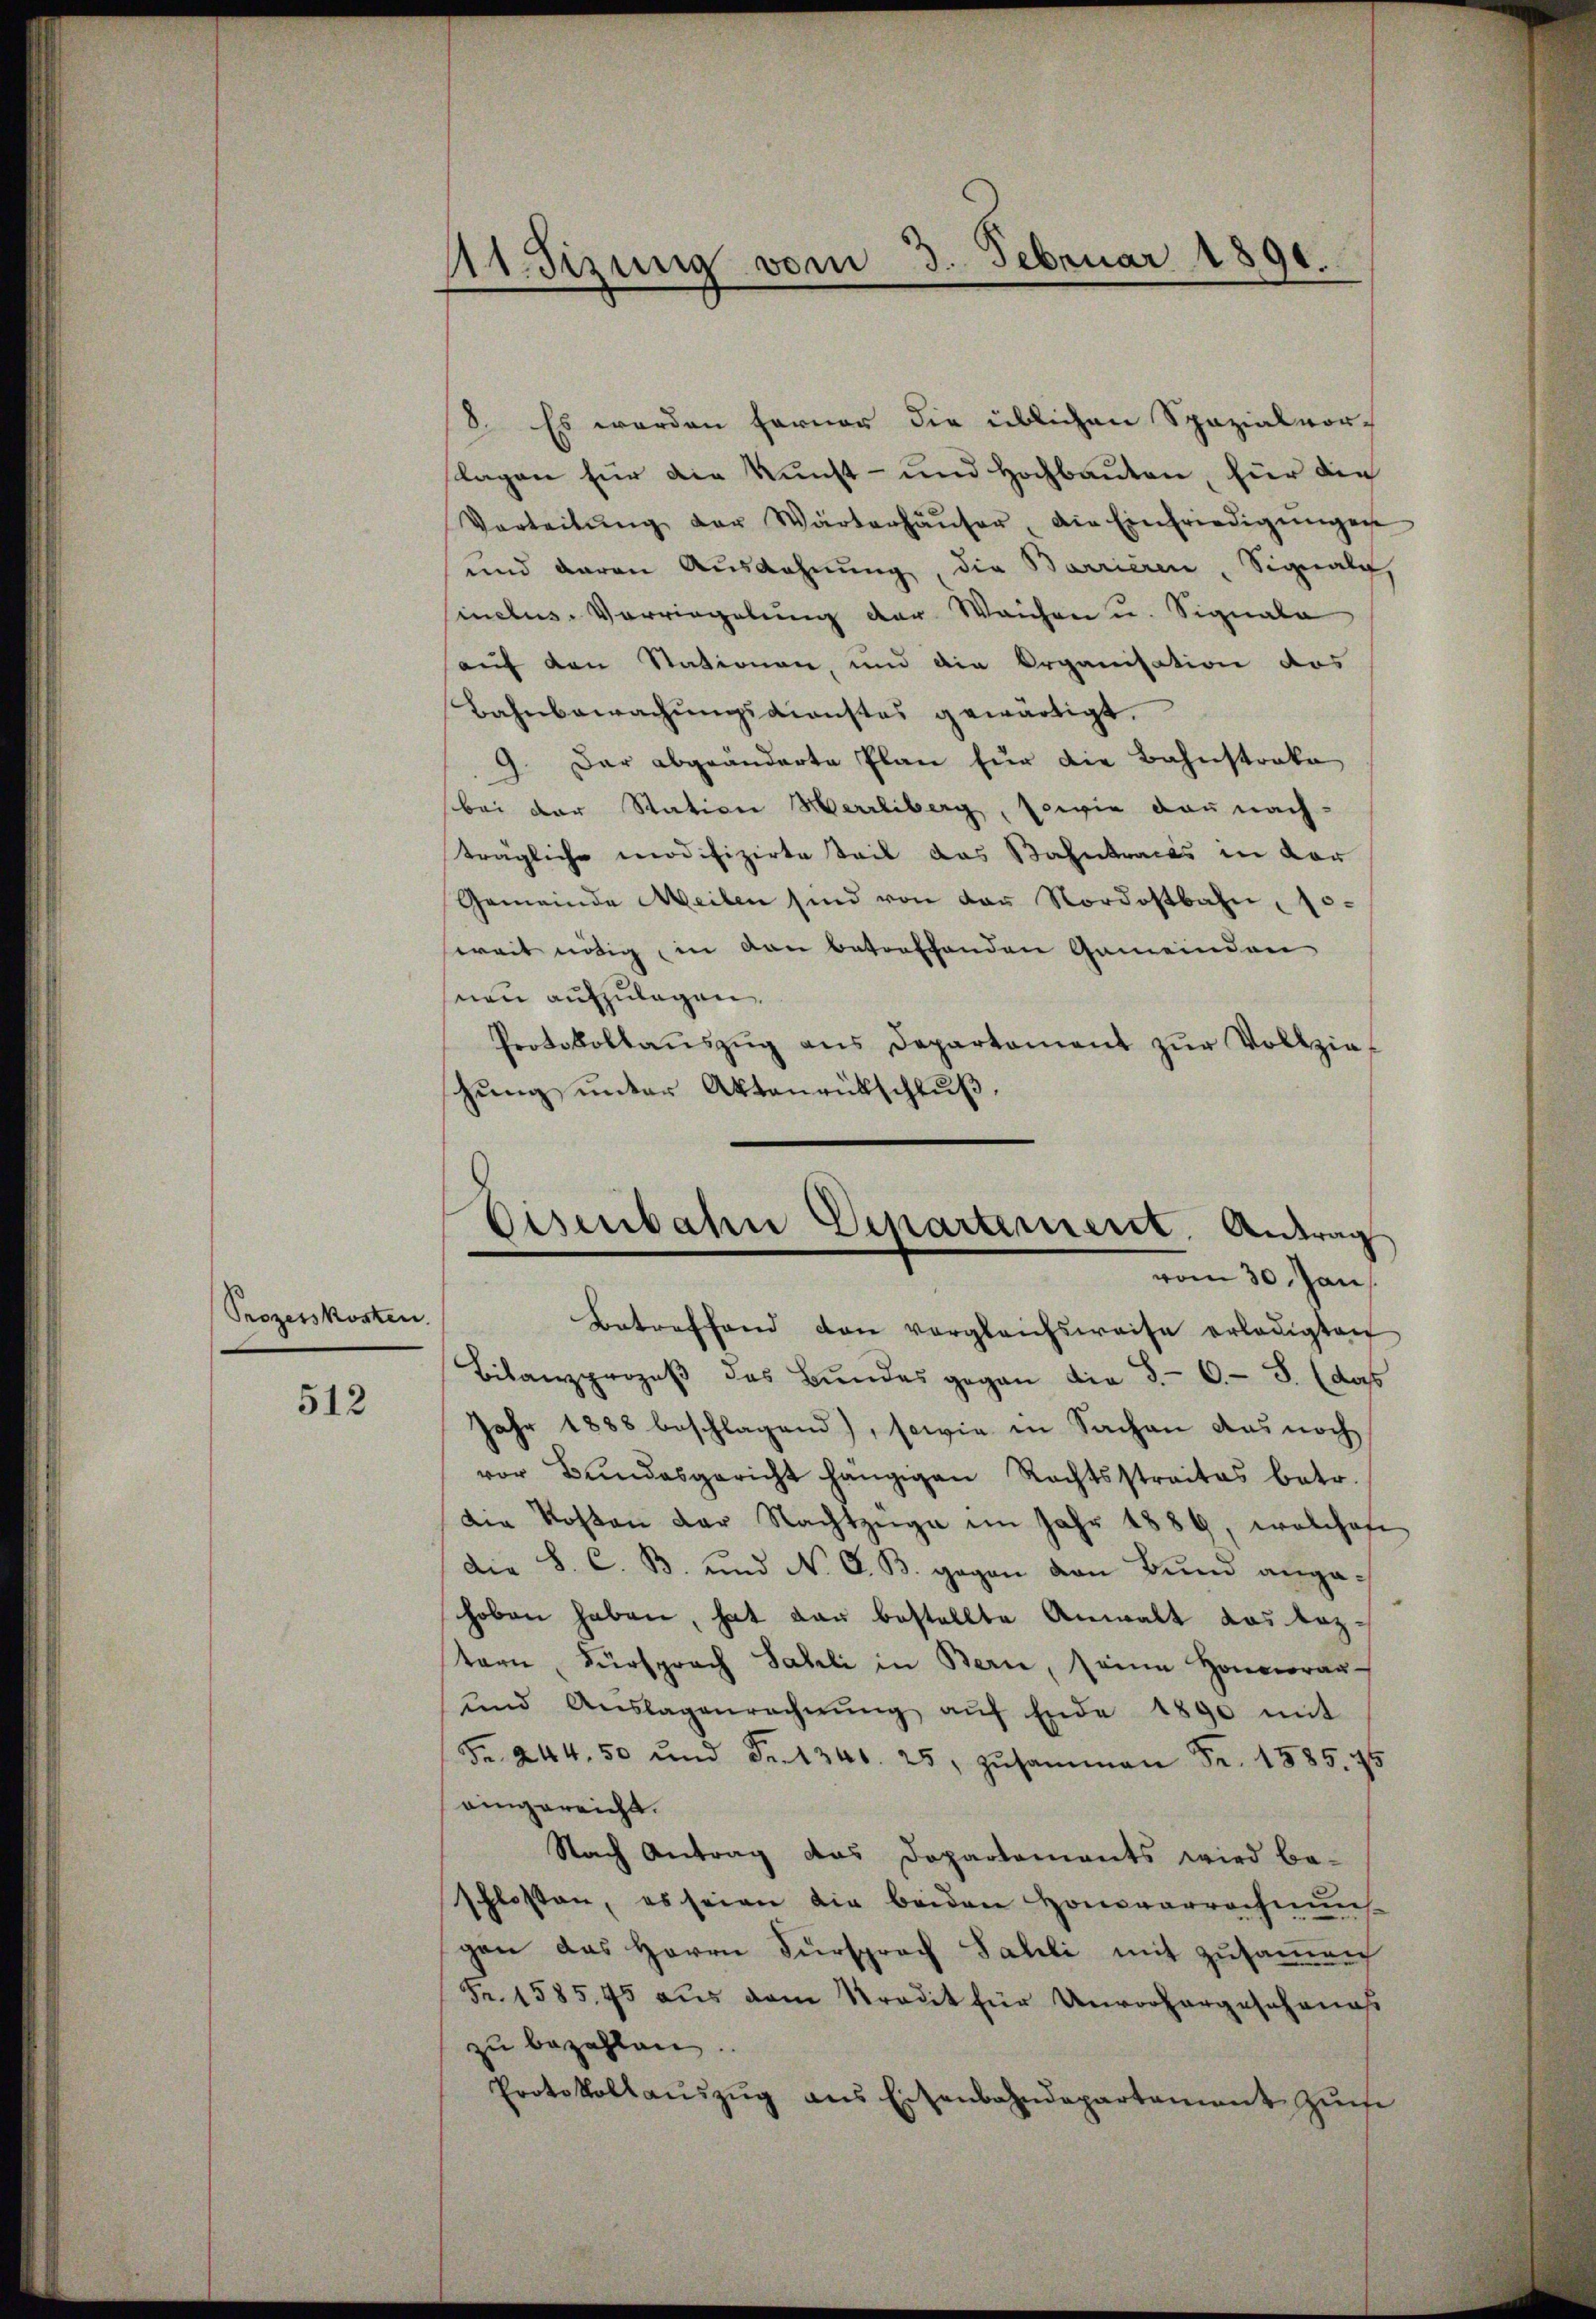
Prozesskosten.
512

111. Sizung vom 3. Februar 1890.

8. Es werden ferner die üblichen Spazialvor-
lagen für die Kunst- und Hochbauten, für die
Vorteilŭng der Wärtenhäŭser, die Einfriedigŭngen
und daran Ausdehnung, die Barrieren, Signale,
sinclus-Vorriegelung der Weichen u. Signala
auf den Stationen, und die Organisation das
Bahnbewachŭngsdienstes gewärtigt.
9. Der abgeänderte Plan für die Bahnstrake
bei der Station Herrliberg, sowie dan nach-
trägliche modifizirte Teil das Bahntracts in der
Gemeinde Meilen sind von der Nordostbahn, 10.
weit nötig, in den betreffenden Gemeinden
seien aufzulagen,
Protokollaŭszŭg ans Departament zŭr Vollzie
schŭng ŭnter Aktenrütschlŭβ

Eisenbahn Departement. Antrag
vom 30. Jan

Betreffend den vergleichsweise erledigten
Bilanzprozeβ des Bŭndes gegen die S. 6. S. (das
Jahr 1888 beschlagend), sowie in Sachen das noch
vor Bŭndesgericht hangigen Rechtsstraites betr.
Die Kosten der Nachtzüge im Jahr 1889, welches
Die S. C. B. und No. 6. B. gegen von Bund angehoben haben, hat dan bestellte Anwalt das leztern, Fürsprach Sahli in Bern, seine Honorar-
und Aŭslagenrechnŭng aŭf Ende 1890 mit
Fr. 244. 50 und Fr. 1346. 25, zŭsammen Fr. 1585. 95
eingereicht.
Nach Antrag das Dopartements wird be-
schlossen, es seien die beiden Honorarrechnŭng
gen das Herrn Fürsprach Fahli mit zusammen
Fr. 1585,95 aus dem Stradit für Unvorhergeschonas
zu bezahlen
Protokollaŭszŭg ans Eisenbahndepartament zŭr